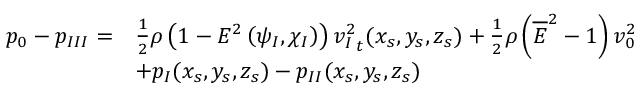
\begin{array} { r l } { p _ { 0 } - p _ { I I I } = } & { \frac { 1 } { 2 } \rho \left( 1 - E ^ { 2 } \left( \psi _ { I } , \chi _ { I } \right) \right) { v _ { I } ^ { 2 } } _ { t } ( x _ { s } , y _ { s } , z _ { s } ) + \frac { 1 } { 2 } \rho \left( \overline { { E } } ^ { 2 } - 1 \right) v _ { 0 } ^ { 2 } } \\ & { + p _ { I } ( x _ { s } , y _ { s } , z _ { s } ) - p _ { I I } ( x _ { s } , y _ { s } , z _ { s } ) } \end{array}